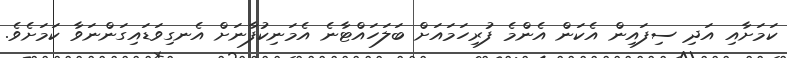
ކަމަށާއި އަދި ސިފައިން އެކަން އެންމެ ފުރިހަމައަށް ބަލަހައްޓާނެ އެމަނިކުފާނަށް އެނގިވަޑައިގަންނަވާ ކަމަށެވެ.